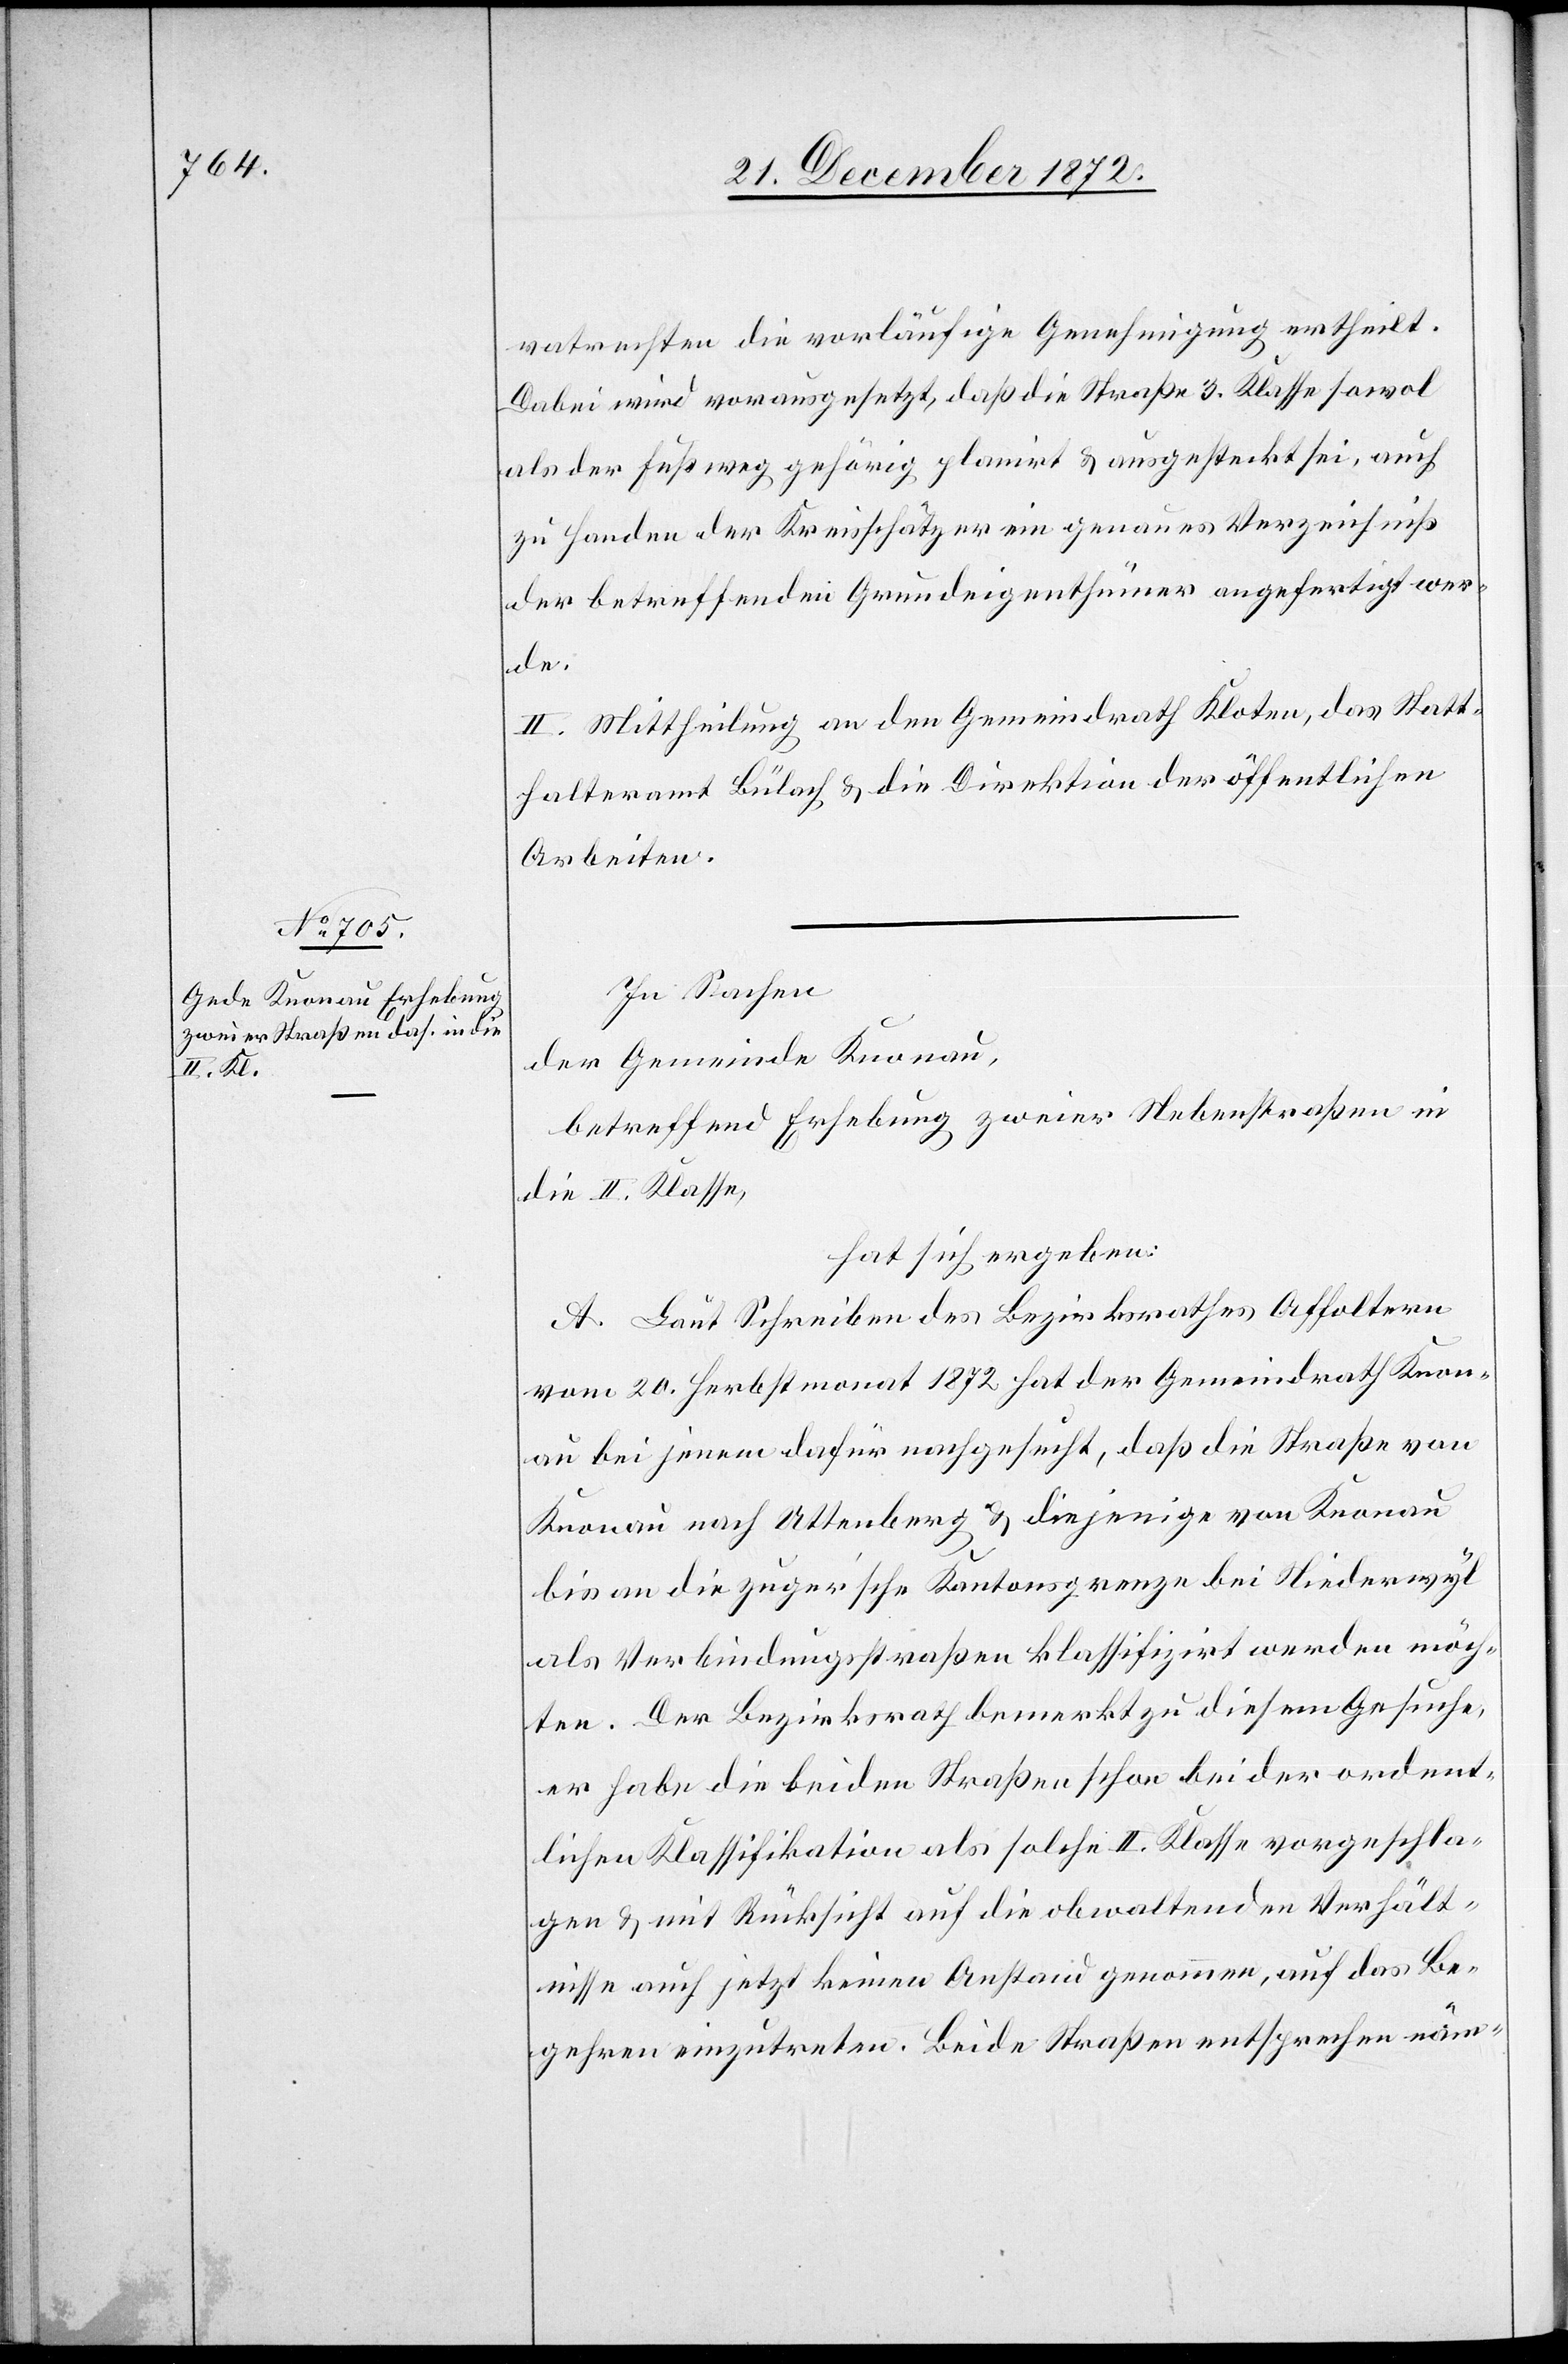
vatrechten die vorläufige Genehmigung ertheilt.
Dabei wird vorausgesetzt, daß die Straße 3. Klasse sowol
als der Fußweg gehörig planirt u. ausgesteckt sei, auch
zu Handen der Kreisschätzer ein genaues Verzeichniß
der betreffenden Grundeigenthümer angefertigt wer¬
de.
II. Mittheilung an den Gemeindrath Kloten, das Statt¬
halteramt Bülach u. die Direktion der öffentlichen
Arbeiten.
In Sachen
der Gemeinde Knonau,
betreffend Erhebung zweier Nebenstraßen in
die II. Klasse,
hat sich ergeben:
A. Laut Schreiben des Bezirksrathes Affoltern
vom 20. Herbstmonat 1872 hat der Gemeindrath Knon¬
au bei jenem dafür nachgesucht, daß die Straße von
Knonau nach Uttenberg u. diejenige von Knonau
bis an die zuger’sche Kantonsgrenze bei Niederwyl
als Verbindungsstraßen klassifizirt werden möch¬
ten. Der Bezirksrath bemerkt zu diesem Gesuche,
er habe die beiden Straßen schon bei der ordent¬
lichen Klassifikation als solche II. Klasse vorgeschla¬
gen u. mit Rücksicht auf die obwaltenden Verhält¬
nisse auch jetzt keinen Anstand genommen, auf das Be¬
gehren einzutreten. Beide Straßen entsprechen näm-